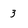
Character: 3